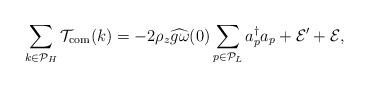
LaTeX: \begin{align*} \sum_{k \in \mathcal{P}_H} \mathcal T_{\rm{com}}(k) = - 2 \rho_z \widehat{g \omega}(0) \sum_{p \in \mathcal P_L} a_p^\dagger a_p + \mathcal E' + \mathcal E,\end{align*}